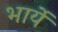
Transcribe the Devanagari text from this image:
भार्ये